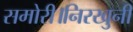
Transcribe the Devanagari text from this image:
समोरी।निरखुनी